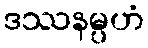
ဒဿနမ္ပဟံ